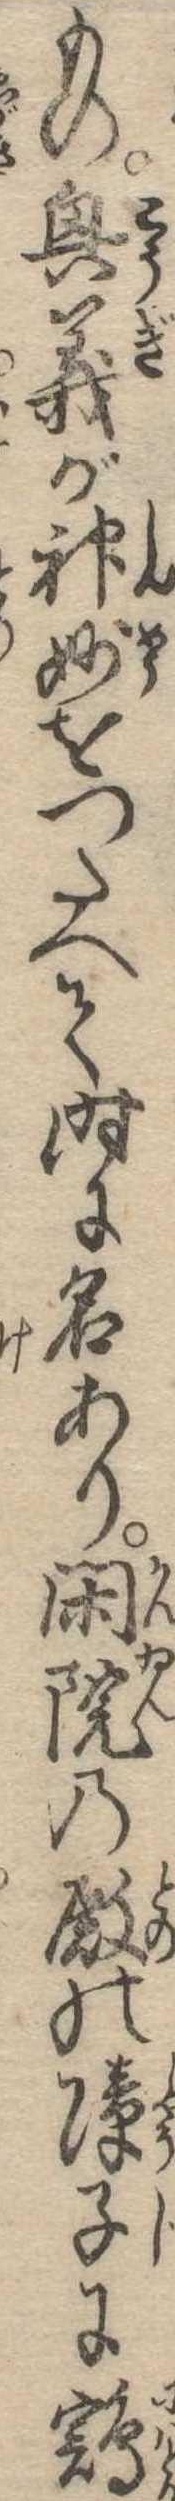
もの興義が神妙をつたへて時に名あり閑院の殿の障子に鶏